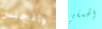
والجنس الحمقي